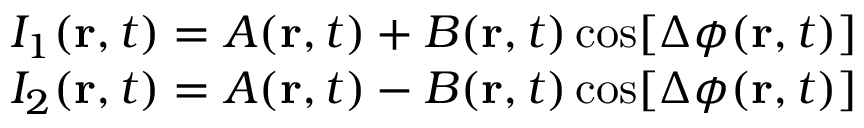
\begin{array} { r } { I _ { 1 } ( \mathbf { r } , t ) = A ( \mathbf { r } , t ) + B ( \mathbf { r } , t ) \cos [ \Delta \phi ( \mathbf { r } , t ) ] } \\ { I _ { 2 } ( \mathbf { r } , t ) = A ( \mathbf { r } , t ) - B ( \mathbf { r } , t ) \cos [ \Delta \phi ( \mathbf { r } , t ) ] } \end{array}